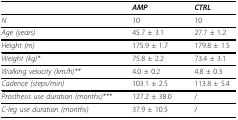
<table><thead><tr><td></td><td><b><i>AMP</i></b></td><td><b><i>CTRL</i></b></td></tr></thead><tbody><tr><td><i>N</i></td><td>10</td><td>10</td></tr><tr><td><i>Age (years)</i></td><td>45.7 ± 3.1</td><td>27.7 ± 1.2</td></tr><tr><td><i>Height (m)</i></td><td>175.9 ± 1.7</td><td>179.8 ± 1.5</td></tr><tr><td><i>Weight (kg)*</i></td><td>75.8 ± 2.2</td><td>73.4 ± 3.1</td></tr><tr><td><i>Walking velocity (km/h)**</i></td><td>4.0 ± 0.2</td><td>4.8 ± 0.3</td></tr><tr><td><i>Cadence (steps/min)</i></td><td>103.1 ± 2.5</td><td>113.8 ± 5.4</td></tr><tr><td><i>Prosthesis use duration (months)***</i></td><td>127.2 ± 38.0</td><td>/</td></tr><tr><td><i>C-leg use duration (months)</i></td><td>37.9 ± 10.5</td><td>/</td></tr></tbody></table>